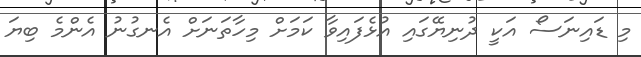
މި ޑައިނަސޯ އަކީ ދުނިޔޭގައި އުޅެފައިވާ ކަމަށް މިހާތަނަށް އެނގުނު އެންމެ ބިޔަ